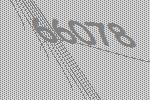
66078